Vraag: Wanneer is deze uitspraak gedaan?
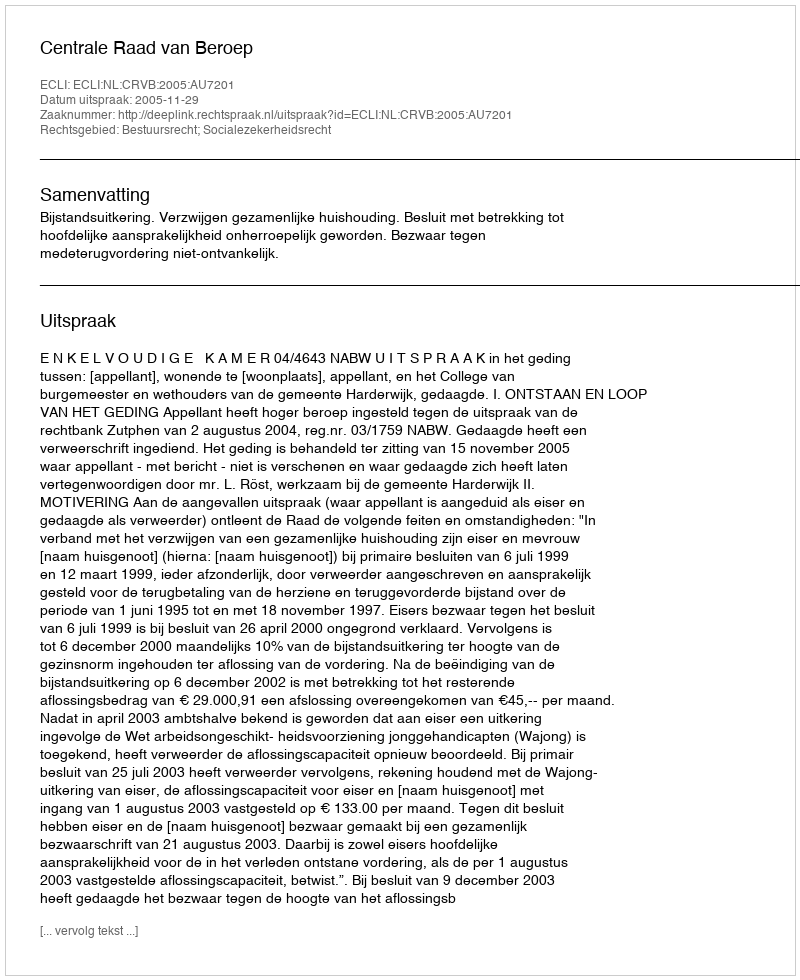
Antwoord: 2005-11-29